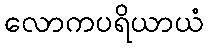
လောကပရိယာယံ